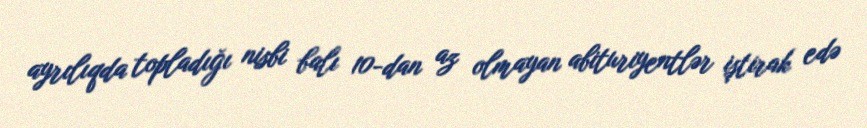
ayrılıqda topladığı nisbi balı 10-dan az olmayan abituriyentlər iştirak edə